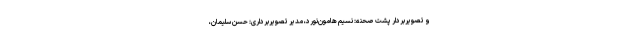
و تصویربردار پشت صحنه: نسیم هامون‌نورد، مدیر تصویربرداری: حسن سلیمان،